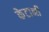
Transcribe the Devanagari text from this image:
केटानी